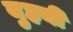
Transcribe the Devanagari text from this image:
युहयी